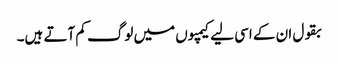
بقول ان کے اسی لیے کیمپوں میں لوگ کم آتے ہیں۔